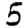
Digit: 5